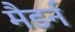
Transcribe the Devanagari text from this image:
मैडर्न